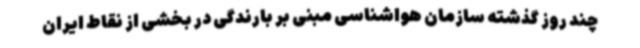
چند روز گذشته‌ سازمان هواشناسی مبنی بر بارندگی در بخشی از نقاط ایران